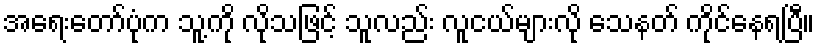
အရေးတော်ပုံက သူ့ကို လိုသဖြင့် သူလည်း လူငယ်များလို သေနတ် ကိုင်နေရပြီ။